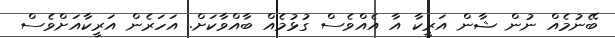
ބޭނުމެއް ނުން ޝާން އަރީކާ އާ އެއްވެސް ގުޅުމެއް ބާއްވާކަށް. އަހަރެން އަރީކާއަށްވެސް